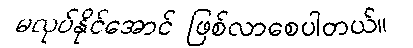
မလုပ်နိုင်အောင် ဖြစ်လာစေပါတယ်။